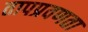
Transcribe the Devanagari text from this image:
तापप्रवणता